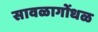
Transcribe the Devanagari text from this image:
सावळागोंधळ